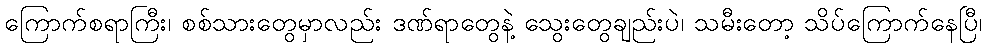
ကြောက်စရာကြီး၊ စစ်သားတွေမှာလည်း ဒဏ်ရာတွေနဲ့ သွေးတွေချည်းပဲ၊ သမီးတော့ သိပ်ကြောက်နေပြီ၊